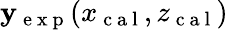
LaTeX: \mathbf{y}_{\mathrm{{~e~x~p~}}}(x_{\mathrm{{~c~a~l~}}},z_{\mathrm{{~c~a~l~}}})